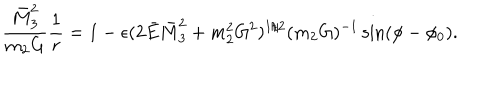
LaTeX: \frac { \bar { M } _ { 3 } ^ { 2 } } { m _ { 2 } G } \frac { 1 } { r } = 1 - \epsilon ( 2 \bar { E } \bar { M } _ { 3 } ^ { 2 } + m _ { 2 } ^ { 2 } G ^ { 2 } ) ^ { 1 / 2 } ( m _ { 2 } G ) ^ { - 1 } \sin ( \phi - \phi _ { 0 } ) .